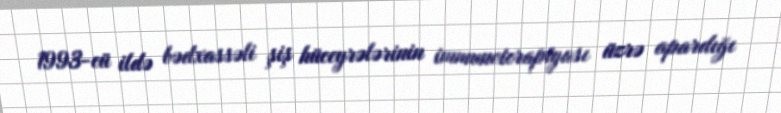
1993-cü ildə bədxassəli şiş hüceyrələrinin immunoterapiyası üzrə apardığı